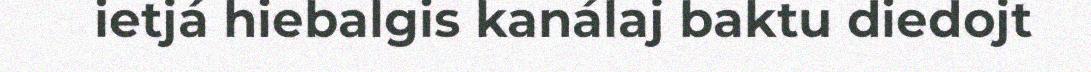
ietjá hiebalgis kanálaj baktu diedojt